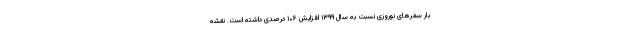
بار سفرهای نوروزی نسبت به سال ۱۳۹۹ افزایش ۱۰۶ درصدی داشته است. نقشه